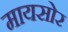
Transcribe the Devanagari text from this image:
मायसोर